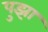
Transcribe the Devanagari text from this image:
पुझा